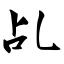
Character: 乩